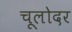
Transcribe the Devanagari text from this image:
चूलोदर